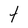
Character: t